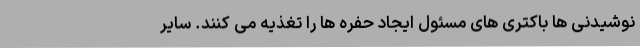
نوشیدنی ها باکتری های مسئول ایجاد حفره ها را تغذیه می کنند. سایر